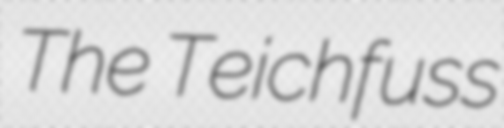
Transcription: The Teichfuss